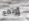
إرتفع